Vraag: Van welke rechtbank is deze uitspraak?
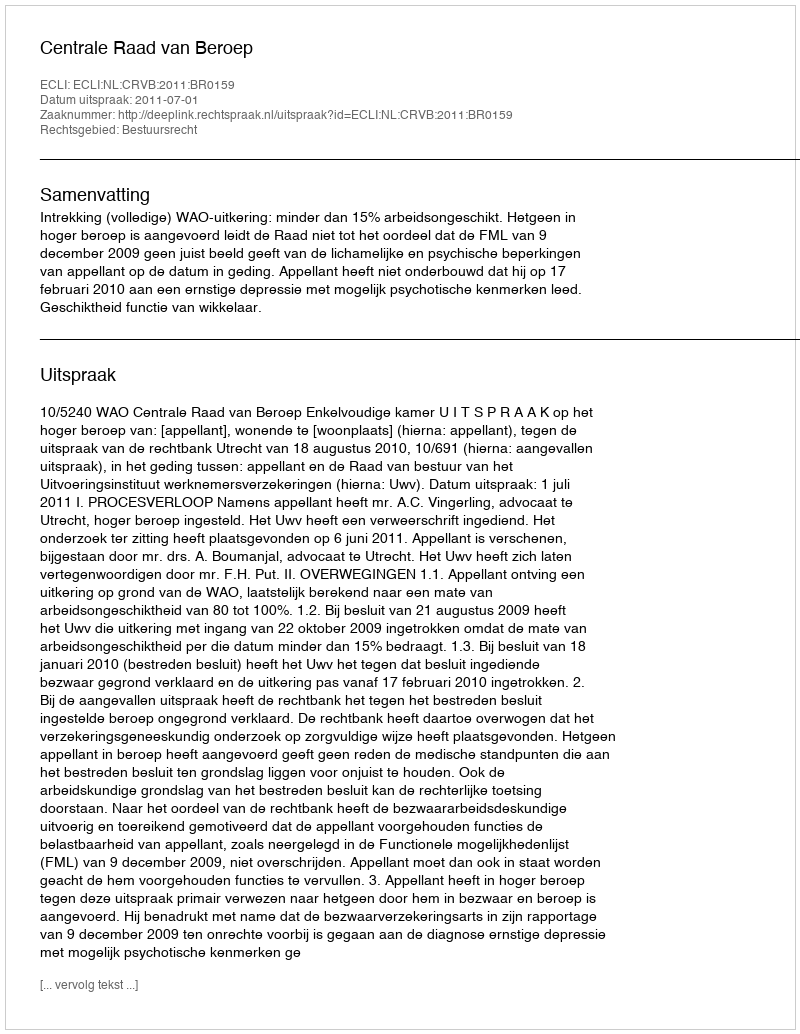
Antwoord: Centrale Raad van Beroep